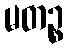
မတဉ္စ